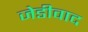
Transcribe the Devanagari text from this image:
जेडीवाद